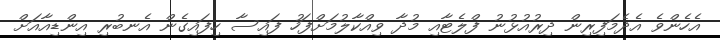
އެހެންވެ އެދެމަފިރިން ދިރުއުޅުނު ފްލެޓާއި މުދާ ވިއްކާލުމަށްފަހު ފައިސާ ހިފައިގެން އެނބުރި އިންޑިއާއަށް